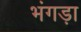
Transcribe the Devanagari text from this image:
भंगड़ा